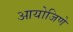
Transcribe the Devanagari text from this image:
आयोजिणे